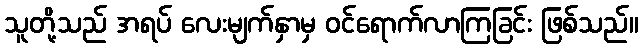
သူတို့သည် အရပ် လေးမျက်နှာမှ ဝင်ရောက်လာကြခြင်း ဖြစ်သည်။